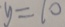
y = 1 0